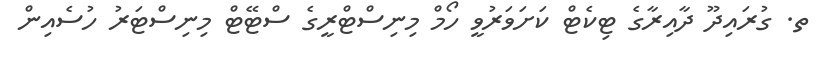
ތ. ގުރައިދޫ ދާއިރާގެ ޓިކެޓް ކަށަވަރުވީ ހޯމް މިނިސްޓްރީގެ ސްޓޭޓް މިނިސްޓަރު ހުސެއިން